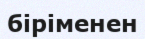
біріменен